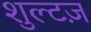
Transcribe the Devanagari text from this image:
शुल्टज़